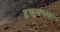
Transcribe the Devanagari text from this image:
हुकुमनामा